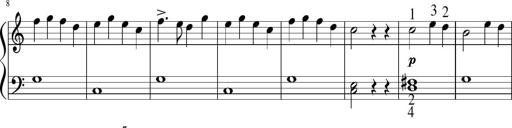
Title: 6 Instructive Sonatinas
Composer: Jacob Schmitt